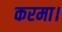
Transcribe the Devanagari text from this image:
करमा।